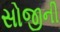
સોજીની